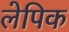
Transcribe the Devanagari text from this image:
लेपिक